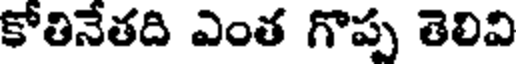
కోతినేతది ఎంత గొప్ప తెలివి